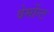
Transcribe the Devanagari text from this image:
वेर्मोन्ट